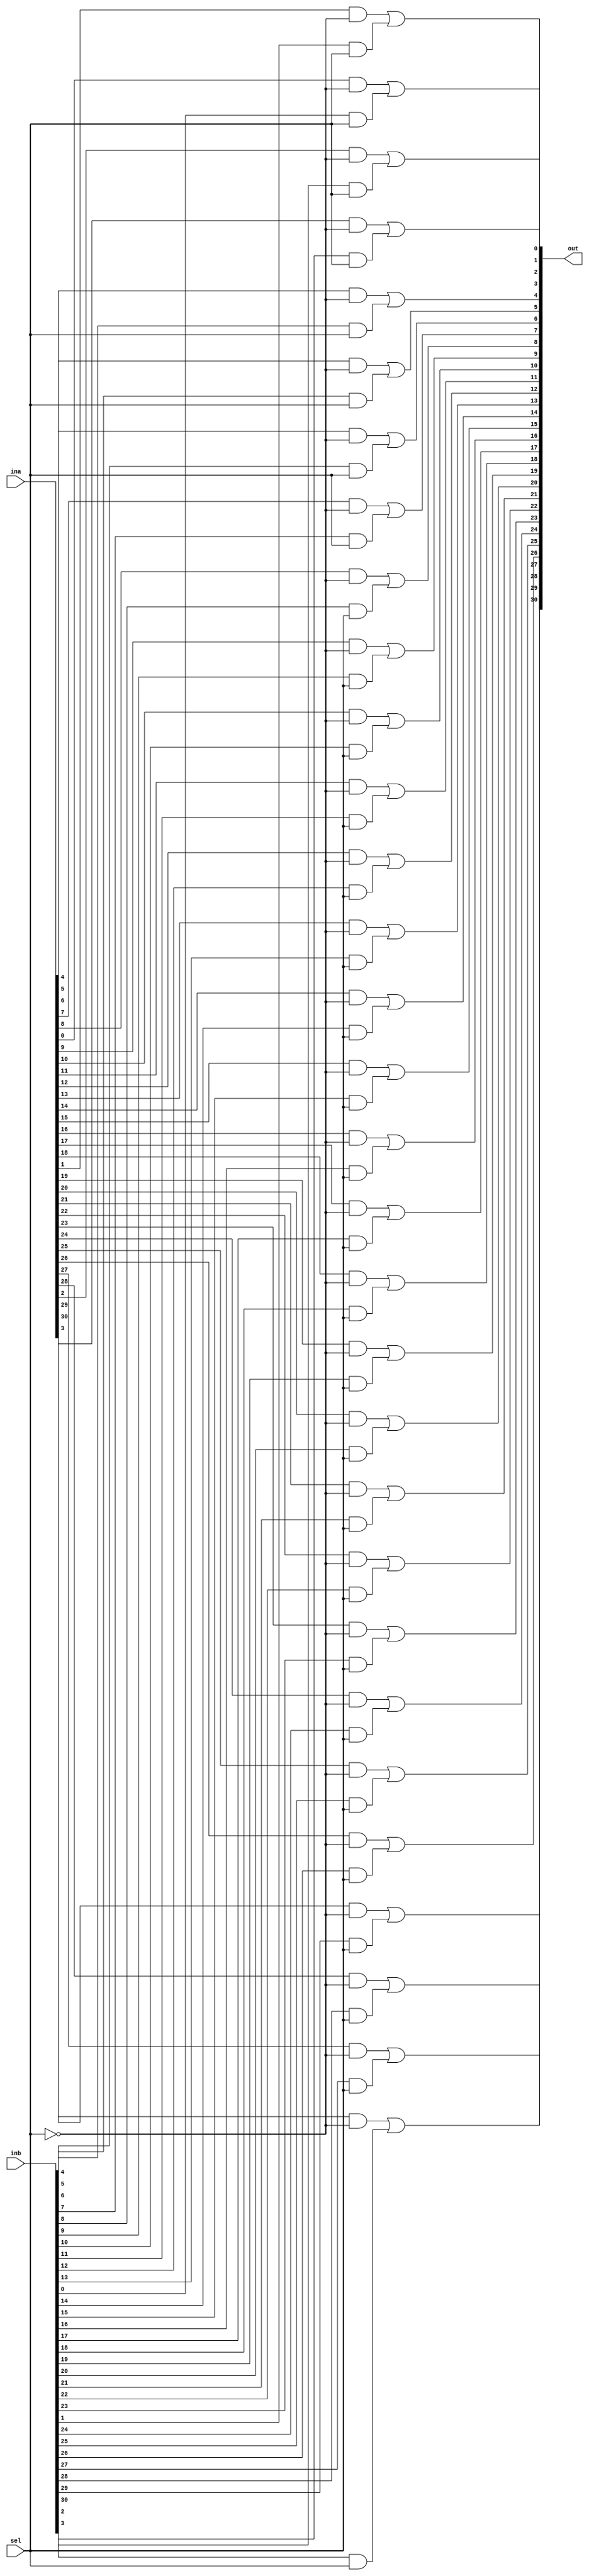
`timescale 1ns / 1ps
//////////////////////////////////////////////////////////////////////////////////
// Company: 
// Engineer: 
// 
// Design Name: 
// Module Name: mux2_1
// Project Name: 
// Target Devices: 
// Tool Versions: 
// Description: 
// 
// Dependencies: 
// 
// Revision:
// Revision 0.01 - File Created
// Additional Comments:
// 
//////////////////////////////////////////////////////////////////////////////////


module mux2_1(
    input [31:0] ina,
    input [31:0] inb,
    input sel,
    output [32:0] out);
    
    wire notsel;
    wire[31:0] y0, y1;
    genvar i;
    
    not(notsel, sel);
    
    for(i = 0; i < 31; i = i + 1) begin
        and(y0[i], ina[i], notsel);
        and(y1[i], inb[i], sel);
    end
    
    for(i = 0; i < 31; i = i + 1) begin
        or(out[i], y0[i], y1[i]);
    end    

endmodule